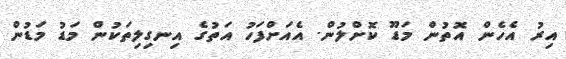
އިރު އެހެން އޮތުން މަޑޫ ކޮށްލުން. އެއަށްފަހު އަތުގެ އިނގިލިތަކުން މަޑު މަޑުން